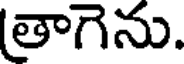
తాగెను.